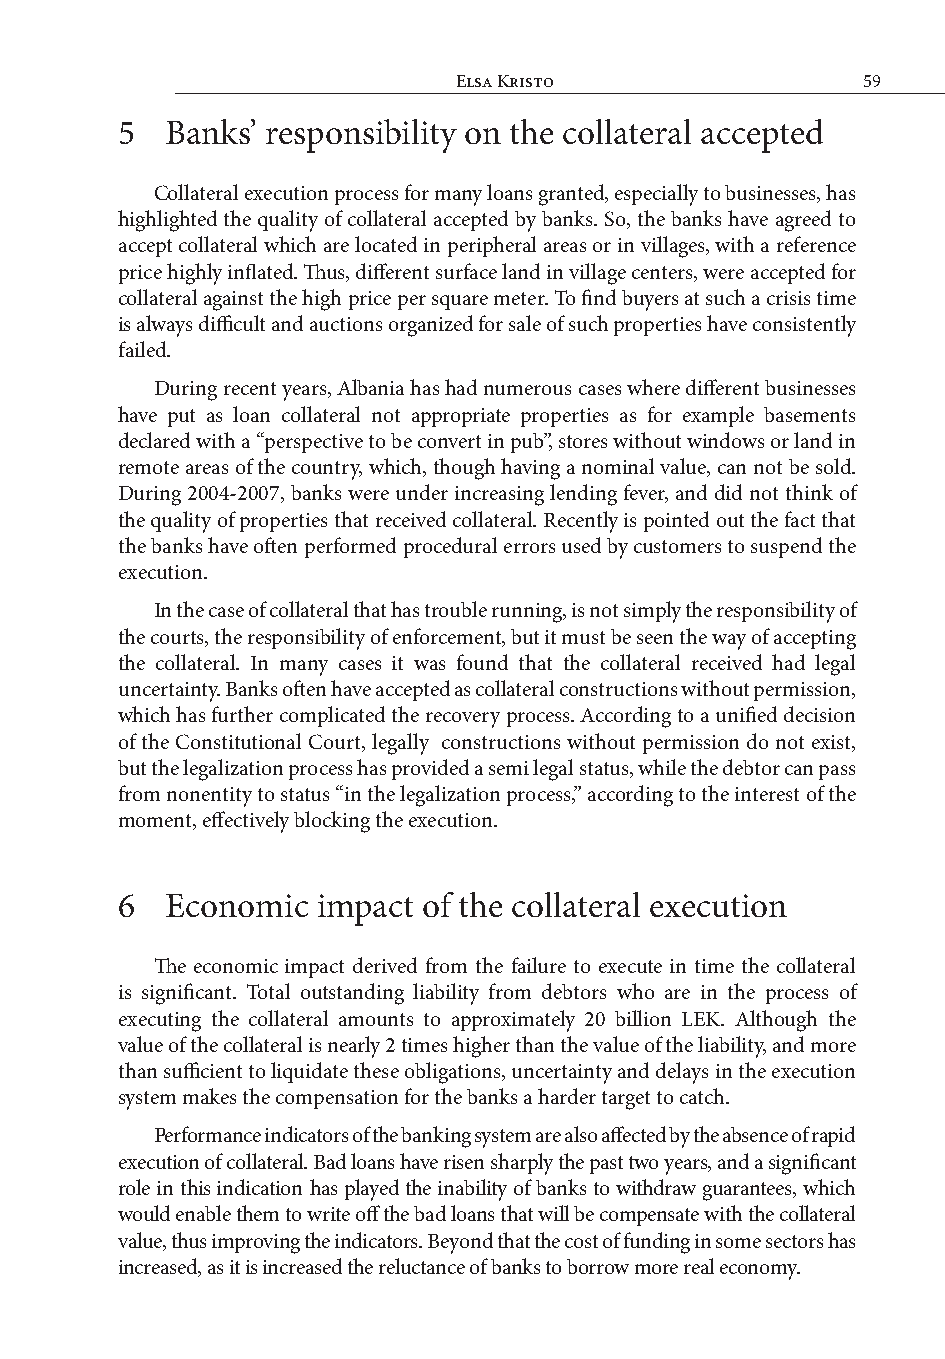
Elsa Kristo                59
 5  Banks’ responsibility on the collateral accepted
 Collateral execution process for many loans granted, especially to businesses, has
 highlighted the quality of collateral accepted by banks. So, the banks have agreed to
 accept collateral which are located in peripheral areas or in villages, with a reference
 price highly inflated. Thus, different surface land in village centers, were accepted for
 collateral against the high price per square meter. To find buyers at such a crisis time
 is always difficult and auctions organized for sale of such properties have consistently
 failed.
 During recent years, Albania has had numerous cases where different businesses
 have put as loan collateral not appropriate properties as for example basements
 declared with a “perspective to be convert in pub”, stores without windows or land in
 remote areas of the country, which, though having a nominal value, can not be sold.
 During 2004-2007, banks were under increasing lending fever, and did not think of
 the quality of properties that received collateral. Recently is pointed out the fact that
 the banks have often performed procedural errors used by customers to suspend the
 execution.
 In the case of collateral that has trouble running, is not simply the responsibility of
 the courts, the responsibility of enforcement, but it must be seen the way of accepting
 the collateral. In many cases it was found that the collateral received had legal
 uncertainty. Banks often have accepted as collateral constructions without permission,
 which has further complicated the recovery process. According to a unified decision
 of the Constitutional Court, legally constructions without permission do not exist,
 but the legalization process has provided a semi legal status, while the debtor can pass
 from nonentity to status “in the legalization process,” according to the interest of the
 moment, effectively blocking the execution.
 6  Economic  impact of the collateral execution
 The economic impact derived from the failure to execute in time the collateral
 is significant. Total outstanding liability from debtors who are in the process of
 executing the collateral amounts to approximately 20 billion LEK. Although the
 value of the collateral is nearly 2 times higher than the value of the liability, and more
 than sufficient to liquidate these obligations, uncertainty and delays in the execution
 system makes the compensation for the banks a harder target to catch.
 Performance indicators of the banking system are also affected by the absence of rapid
 execution of collateral. Bad loans have risen sharply the past two years, and a significant
 role in this indication has played the inability of banks to withdraw guarantees, which
 would enable them to write off the bad loans that will be compensate with the collateral
 value, thus improving the indicators. Beyond that the cost of funding in some sectors has
 increased, as it is increased the reluctance of banks to borrow more real economy.